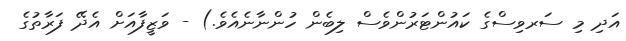
އަދި މި ސަރވިސްގެ ކައުންޓަރުންވެސް ލިބެން ހުންނާނެއެވެ.) - ވަޒީފާއަށް އެދޭ ފަރާތުގެ